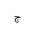
Letter: _gim